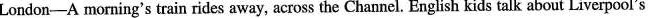
London—A morning's train rides away, across the Channel. English kids talk about Liverpool's